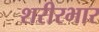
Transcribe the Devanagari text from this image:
शरीरभार